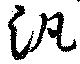
汎